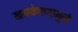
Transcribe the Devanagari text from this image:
खमकेपणामुळे